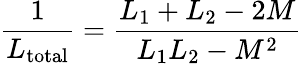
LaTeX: {\frac{1}{L_{\mathrm{total}}}}={\frac{L_{1}+L_{2}-2M}{L_{1}L_{2}-M^{2}}}